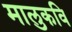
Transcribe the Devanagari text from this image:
मालुकवि